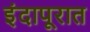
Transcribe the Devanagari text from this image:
इंदापूरात